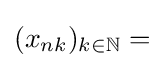
\textstyle (x_{nk})_{k\in \mathbb {N} }={}\!